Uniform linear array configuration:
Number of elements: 12
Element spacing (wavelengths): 0.75
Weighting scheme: kaiser
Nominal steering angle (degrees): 30
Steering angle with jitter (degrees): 28.104
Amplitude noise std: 0.05
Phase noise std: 0.05

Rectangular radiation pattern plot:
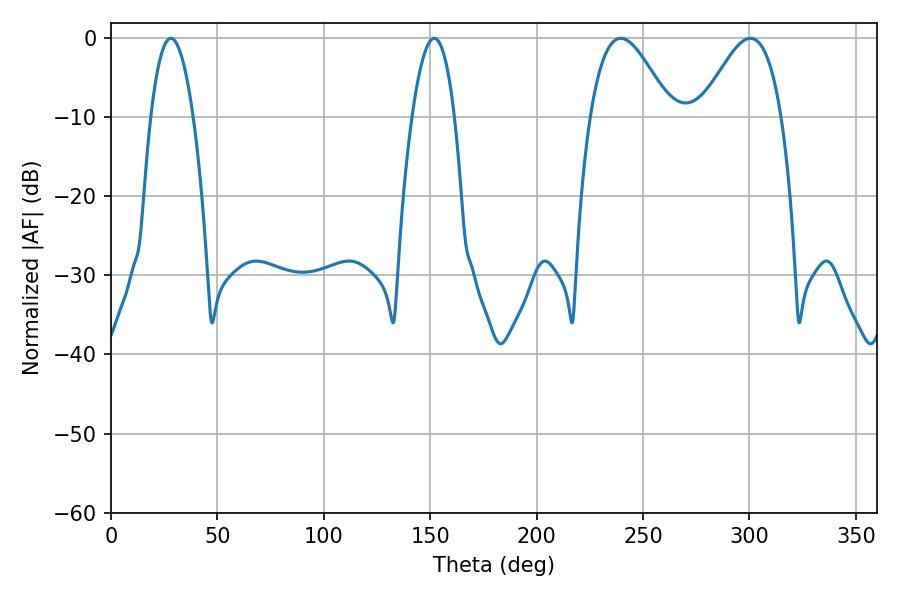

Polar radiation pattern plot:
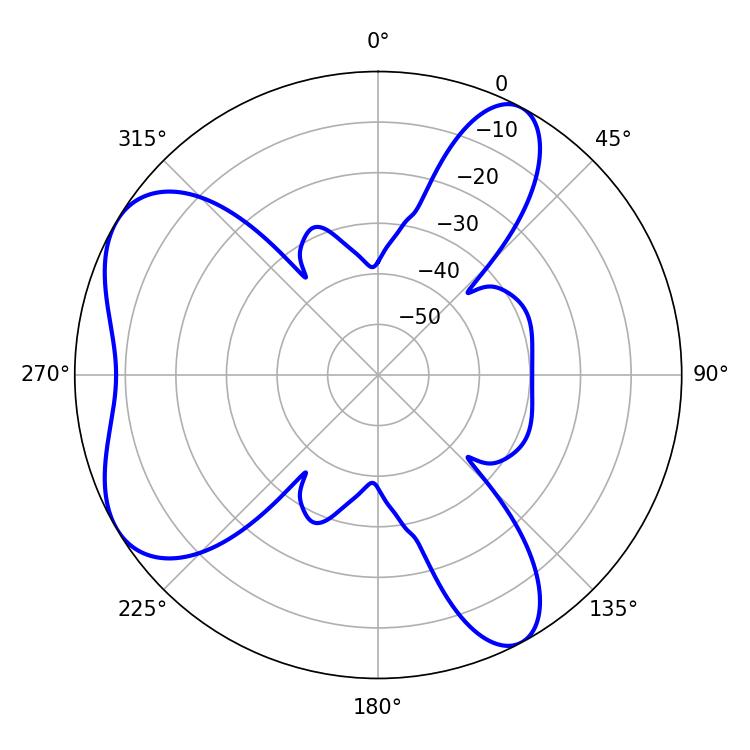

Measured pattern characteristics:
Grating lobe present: TRUE
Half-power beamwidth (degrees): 20.34
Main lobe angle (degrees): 239.58